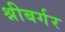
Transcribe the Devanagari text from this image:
श्नीबर्गर